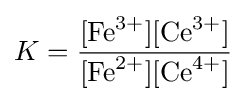
K={\frac {[{\ce {Fe^3+}}][{\ce {Ce^3+}}]}{[{\ce {Fe^2+}}][{\ce {Ce^4+}}]}}